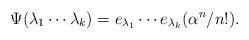
LaTeX: \begin{align*}\Psi(\lambda_1\cdots \lambda_k)=e_{\lambda_1}\cdots e_{\lambda_k}(\alpha^n/n!).\end{align*}